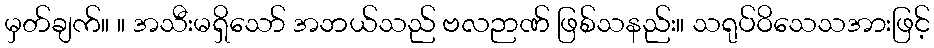
မှတ်ချက်။ ။ အသီးမရှိသော် အဘယ်သည် ဗလဉာဏ် ဖြစ်သနည်း။ သရုပ်ဝိသေသအားဖြင့်